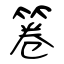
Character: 箞